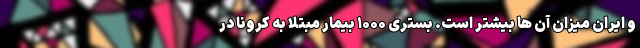
و ایران میزان آن ها بیشتر است. بستری ۱۰۰۰ بیمار مبتلا به کرونا در